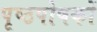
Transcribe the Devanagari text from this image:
पृष्ठपोषकों